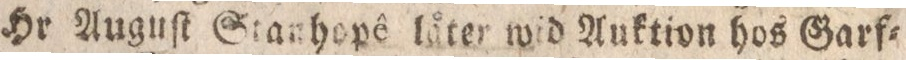
Hr Auguſt Stanhopô låter wid Auktion hos Garf=